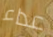
عداء